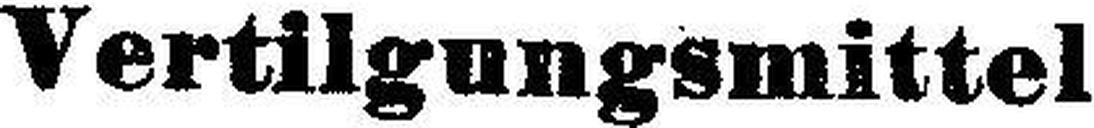
Vertilgungsmittel